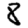
Digit: 8